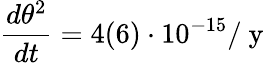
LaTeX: \frac{d\theta^{2}}{dt}=4(6)\cdot 10^{-15}/\mathrm{~y~}